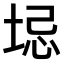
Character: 𫭻